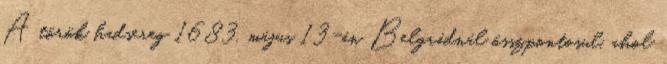
A török hadsereg 1683. május 13-án Belgrádnál összpontosul, ahol